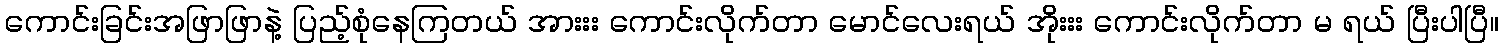
ကောင်းခြင်းအဖြာဖြာနဲ့ ပြည့်စုံနေကြတယ် အားးး ကောင်းလိုက်တာ မောင်လေးရယ် အိုးးး ကောင်းလိုက်တာ မ ရယ် ပြီးပါပြီ။